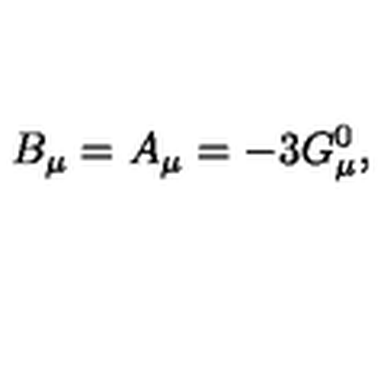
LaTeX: B _ { \mu } = A _ { \mu } = - 3 G _ { \mu } ^ { 0 } ,